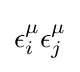
\epsilon _{i}^{\mu }\epsilon _{j}^{\mu }